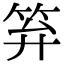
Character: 笲